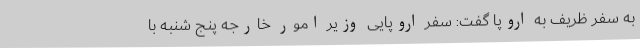
به سفر ظریف به اروپا گفت: سفر اروپایی وزیر امور خارجه پنج شنبه با